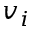
v _ { i }